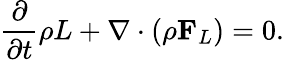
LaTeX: \frac{\partial}{\partial t}\rho L+\nabla\cdot\left({\rho{\mathbf{F}}_{L}}\right)=0.